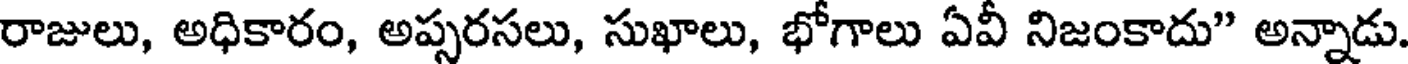
రాజులు, అధికారం, అప్సరసలు, సుఖాలు, భోగాలు ఏవీ నిజంకాదు" అన్నాడు.